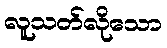
လူသတ်လိုသော